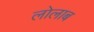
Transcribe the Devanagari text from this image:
लोलाब